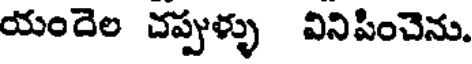
యందెల చప్పుళ్ళు వినిపించెను.